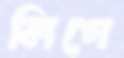
লিগে